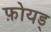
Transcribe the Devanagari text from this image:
फ़ोयड्